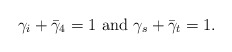
\begin{align*}\gamma_i+\bar{\gamma}_4=1 \,\, {\rm and }\,\, \gamma_s +\bar{\gamma}_t =1.\end{align*}